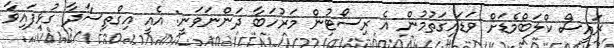
ރައީސް ކްލަބްމެޑަށް ވަޑައިގަތުމުން އެ ރިސޯޓުން މަރުހަބާ ދަންނަވަނީ: އެއީ އިގްތިސާދާ ގުޅިފައިވާ